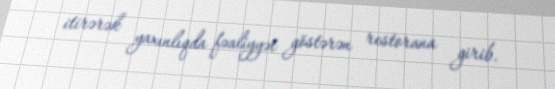
itirərək yaxınlıqda fəaliyyət göstərən restorana girib.